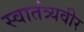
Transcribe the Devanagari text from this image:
स्‍वातंत्र्यवीर